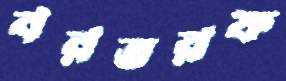
বরতরফ